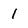
Character: 1